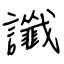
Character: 讖